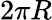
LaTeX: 2\pi R